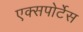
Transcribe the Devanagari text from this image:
एक्सपोर्टेस